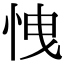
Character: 𢘽